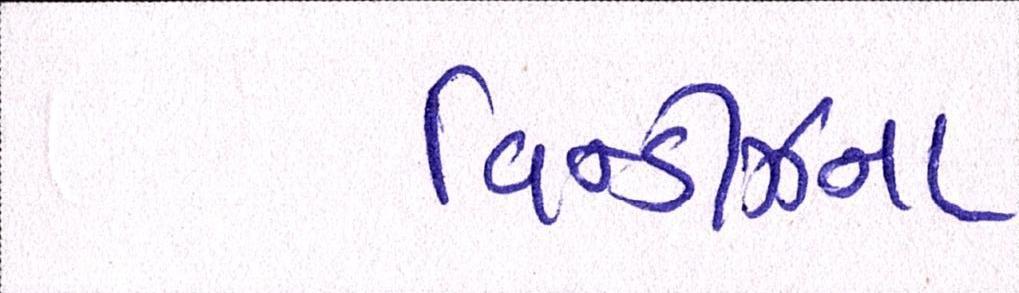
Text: વિન્ડીઝના